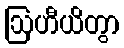
ဩဟီယိတွာ